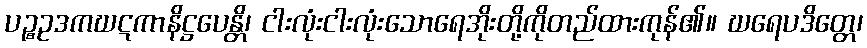
ပဉ္စဥဒကဃဋကာနိဋ္ဌပေန္တိ၊ ငါးလုံးငါးလုံးသောရေအိုးတို့ကိုတည်ထားကုန်၏။ ဃရေပဒိတ္တေ၊